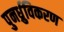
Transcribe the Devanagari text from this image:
पुनर्ध्रुविकरण